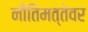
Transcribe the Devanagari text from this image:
नीतिमत्तेवर